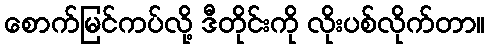
စောက်မြင်ကပ်လို့ ဒီတိုင်းကို လိုးပစ်လိုက်တာ။